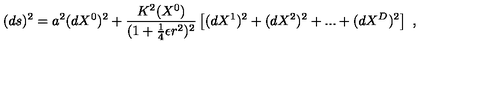
( d s ) ^ { 2 } = a ^ { 2 } ( d X ^ { 0 } ) ^ { 2 } + \frac { K ^ { 2 } ( X ^ { 0 } ) } { ( 1 + \frac { 1 } { 4 } \epsilon r ^ { 2 } ) ^ { 2 } } \left[ ( d X ^ { 1 } ) ^ { 2 } + ( d X ^ { 2 } ) ^ { 2 } + . . . + ( d X ^ { D } ) ^ { 2 } \right] \ ,